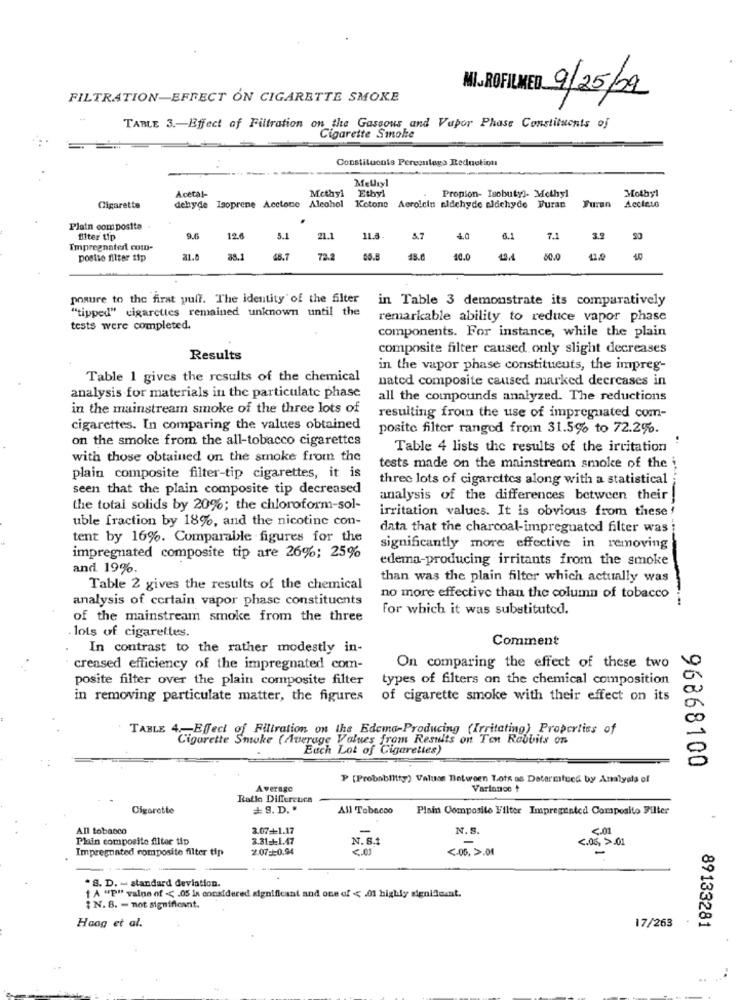
FILTRATION-EFFECT ON CIGARETTE SMOKE
NI.ROFILMED 9/25/09
TABLE 3 .- Effect of Filtration on the Gaseous and Vapor Phase Constituents of
Cigarette Smoke
Constituents Peresulega Rednotion
Melliyl
Acetal-
Methyl
Propion- Isobutyl- Methyl
Mothy1
Etbyl
Cigarette
dehyde Isoprene Acetone
Alcohol
Ketone Aerolcin aldehyde eldchyde Furan
Furan Acciaio
Plain composite
Ulter tip
9.6
126
5.1
21.1
11.8-
5.7
4.0
6.1
7.1
Impregnatedl como-
postto filter tip
21.8
48.7
72.2
18.0
40.0
4.4
80.0
40
posure to the first yulf. The identity of the filter
in Table 3 demonstrate its comparatively
"tipped" cigarettes remained unknown until the
remarkable ability to reduce vapor phase
tests were completed.
components. For instance, while the plain
composite filter caused only slight decreases
Results
in the vapor phase constituents, the impreg-
Table 1 gives the results of the chemical
nated composite caused marked decreases in
analysis for materials in the particulate phase
all the compounds analyzed. The reductions
in the mainstream smoke of the three lots of
resulting from the use of impregnated com-
cigarettes. In comparing the values obtained
posite filter ranged from 31.5% to 72.2%.
on the smoke from the all-tobacco cigarettes
Table 4 lists the results of the irritation
with those obtained on the smoke from the
tests made on the mainstream smoke of the i
plain composite filter-tip cigarettes, it is
three lots of cigarettes along with a statistical;
seen that the plain composite tip decreased
analysis of the differences between their
the total solids by 20%; the chloroform-sol-
irritation values. It is obvious from these !
uble fraction by 18%, and the nicotine con-
data that the charcoal-impreguated filter was
tent by 16%. Comparable figures for the
significantly more effective in removing
impregnated composite tip are 26%; 25%
edema-producing irritants from the smoke
and 19%.
than was the plain filter which actually was
Table 2 gives the results of the chemical
analysis of certain vapor phase constituents
no more effective than the column of tobacco
for which it was substituted.
of the mainstream smoke from the three
lots of cigarettes.
Comment
In contrast to the rather modestly in-
creased efficiency of the impregnated com-
On comparing the effect of these two
posite filter over the plain composite filter
types of filters on the chemical composition
in removing particulate matter, the figures
of cigarette smoke with their effect on its
TABLE 4 .- Efect of Filtration on the Edema-Producing (Irritating) Properties of
Cigarette Smoke ( Average Values from Results on Ton Rabbits on
Euch Lot of Cigarettes)
96868100
P [Probability) Valuas Between Lots as Determined by Analyals of
Average
Variance +
Rath Difference
Cigarette
# 8. D. "
All Tobacco
Plain Composite Filter Impregented Composito Filter
All tobacco
3.07+1.17
N. S.
5.01
Plain composito filter tip
3.31 == 1.47
N. S.1
<. 05, >.01
Impregnated composite filter tip
2.07 == 0.94
<. 05. >.01
. B. D. - standard deviation.
1 A "P" valne of < . 05 is considered significant and one of < - 01 highly significant.
{ N.B. - not significant.
Haag et al.
17/263
89133281